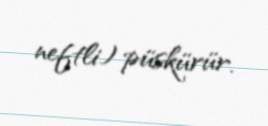
neftli) püskürür.